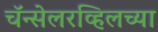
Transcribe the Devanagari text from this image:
चॅन्सेलरव्हिलच्या